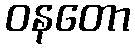
ဝနတော